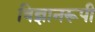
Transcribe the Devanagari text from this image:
विज्ञानरूपी